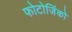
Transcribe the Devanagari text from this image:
फोटोजिंको